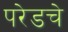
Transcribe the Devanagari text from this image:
परेडचे